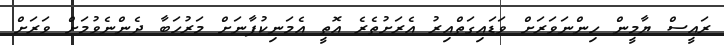
ރައީސް ޔާމީން ހިންނަވަރަށް ވަޑައިގަތްއިރު އެރަށުތެރެ އޮތީ އެމަނިކުފާނަށް މަރުހަބާ ދެންނެވުމަށް ވަރަށް